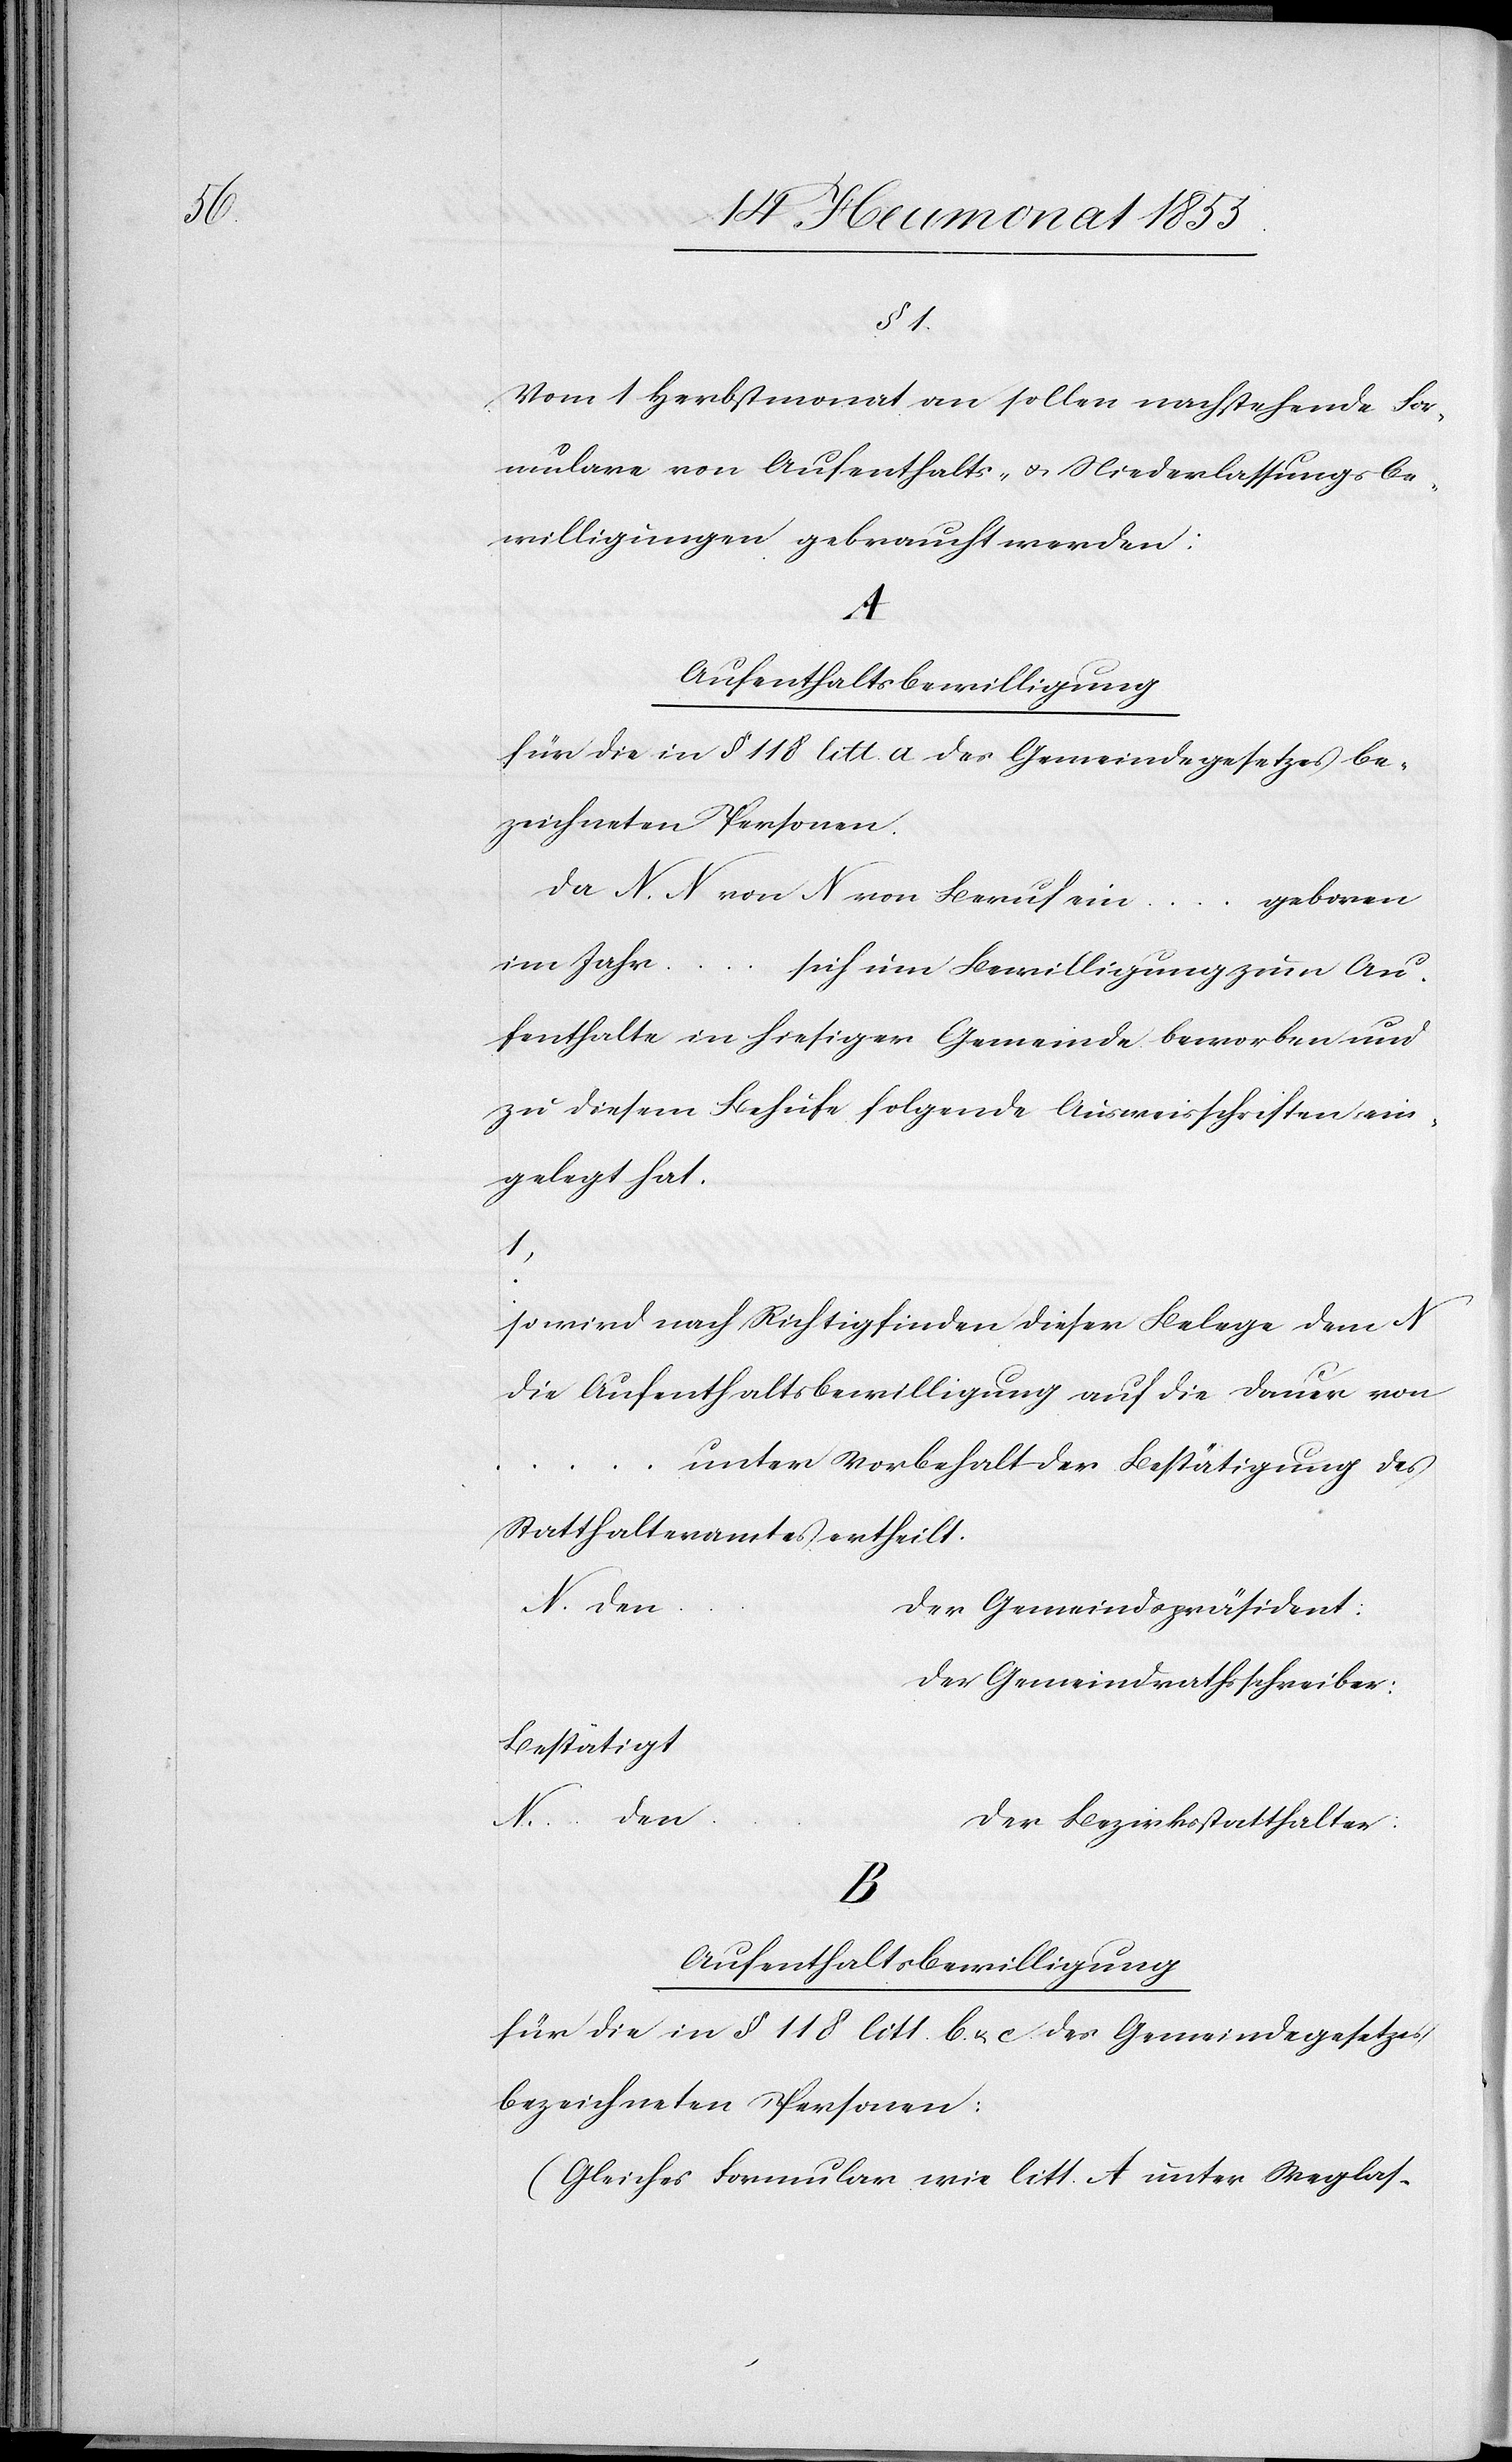
§ 1.
Vom 1 Herbstmonat an sollen nachstehende For¬
mulare von Aufenthalts- & Niederlassungsbe¬
willigungen gebraucht werden:
…
Aufenthaltsbewilligung
für die in § 118 litt. a des Gemeindegesetzes be¬
zeichneten Personen.
Da N. N. von N von Beruf ein … geboren
im Jahr
…
sich um Bewilligung zum Au¬
fenthalte in hiesiger Gemeinde beworben und
zu diesem Behufe folgende Ausweisschriften ein¬
gelegt hat.
…
so wird nach Richtigfinden dieser Belege dem N
die Aufenthaltsbewilligung auf die Dauer von
unter Vorbehalt der Bestätigung des
Statthalteramtes ertheilt.
N. den …
Der Gemeindspräsident:
Der Gemeindrathsschreiber:
Bestätigt
N. den …
Der Bezirksstatthalter:
Aufenthaltsbewilligung
für die in § 118 litt. b. & c des Gemeindegesetzes
bezeichneten Personen:
(Gleiches Formular wie litt. A unter Weglas-